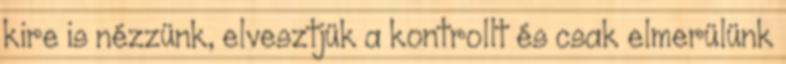
kire is nézzünk, elvesztjük a kontrollt és csak elmerülünk